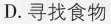
D.寻找食物